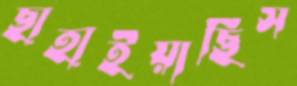
ছাহাইয়াছিস